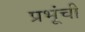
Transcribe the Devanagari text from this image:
प्रभूंची